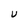
Character: U